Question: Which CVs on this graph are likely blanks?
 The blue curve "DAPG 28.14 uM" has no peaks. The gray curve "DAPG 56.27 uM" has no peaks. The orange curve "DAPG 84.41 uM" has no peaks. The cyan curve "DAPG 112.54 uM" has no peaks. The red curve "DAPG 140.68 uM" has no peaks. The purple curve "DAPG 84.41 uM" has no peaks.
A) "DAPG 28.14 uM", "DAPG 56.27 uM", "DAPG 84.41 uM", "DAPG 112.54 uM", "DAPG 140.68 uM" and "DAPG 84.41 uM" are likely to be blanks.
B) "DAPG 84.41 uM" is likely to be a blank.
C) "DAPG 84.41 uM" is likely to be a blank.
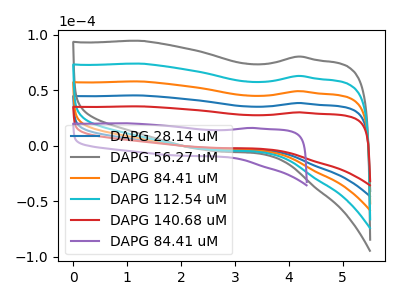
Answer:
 <answer>A) "DAPG 28.14 uM", "DAPG 56.27 uM", "DAPG 84.41 uM", "DAPG 112.54 uM", "DAPG 140.68 uM" and "DAPG 84.41 uM" are likely to be blanks.</answer>
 <eval>A</eval>